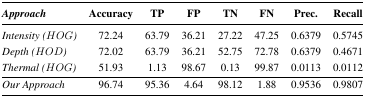
<table><thead><tr><td><b><i>Approach</i></b></td><td><b>Accuracy</b></td><td><b>TP</b></td><td><b>FP</b></td><td><b>TN</b></td><td><b>FN</b></td><td><b>Prec.</b></td><td><b>Recall</b></td></tr></thead><tbody><tr><td><i>Intensity (HOG)</i></td><td>72.24</td><td>63.79</td><td>36.21</td><td>27.22</td><td>47.25</td><td>0.6379</td><td>0.5745</td></tr><tr><td><i>Depth (HOD)</i></td><td>72.02</td><td>63.79</td><td>36.21</td><td>52.75</td><td>72.78</td><td>0.6379</td><td>0.4671</td></tr><tr><td><i>Thermal (HOG)</i></td><td>51.93</td><td>1.13</td><td>98.67</td><td>0.13</td><td>99.87</td><td>0.0113</td><td>0.0112</td></tr><tr><td><i>Our Approach</i></td><td>96.74</td><td>95.36</td><td>4.64</td><td>98.12</td><td>1.88</td><td>0.9536</td><td>0.9807</td></tr></tbody></table>